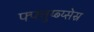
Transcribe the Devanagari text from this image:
फ्फ्त्तुय्ब्य्सेस्र